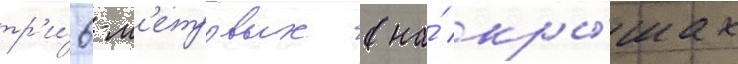
тр'и́ 6-м'етровых (на́ кры́шах